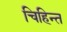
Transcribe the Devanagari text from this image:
चिहिन्त